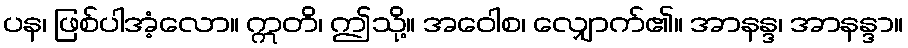
ပန၊ ဖြစ်ပါအံ့လော။ ဣတိ၊ ဤသို့။ အဝေါစ၊ လျှောက်၏။ အာနန္ဒ၊ အာနန္ဒာ။